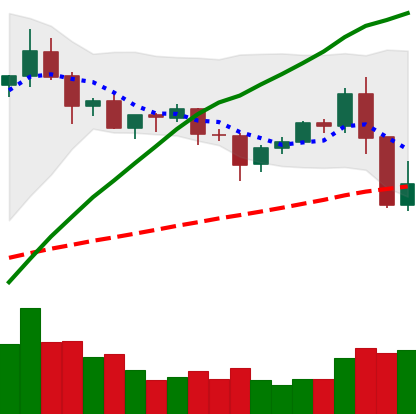
Ticker: XRP-USD
Chart end date: 2020-09-04
Forward return: -6.36%
Label: down_5_7